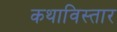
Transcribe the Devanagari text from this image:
कथाविस्तार